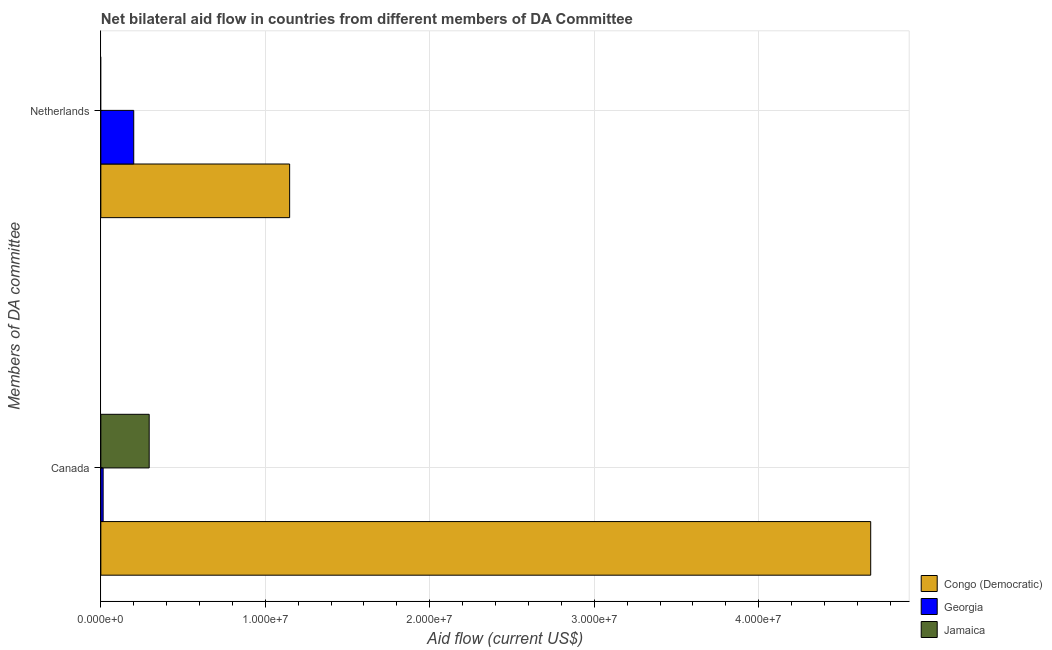
| Members of DA committee | Congo (Democratic) | Georgia | Jamaica |
 | --- | --- | --- | --- |
 | Canada | 4.68e+07 | 1.4e+05 | 2.94e+06 |
 | Netherlands | 1.15e+07 | 2e+06 | -1.35e+06 |